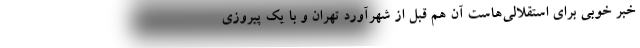
خبر خوبی برای استقلالی‌هاست آن هم قبل از شهرآورد تهران و با یک پیروزی